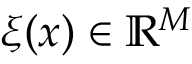
\ensuremath { \boldsymbol { \xi } } ( \ensuremath { \boldsymbol { { x } } } ) \in \mathbb { R } ^ { M }